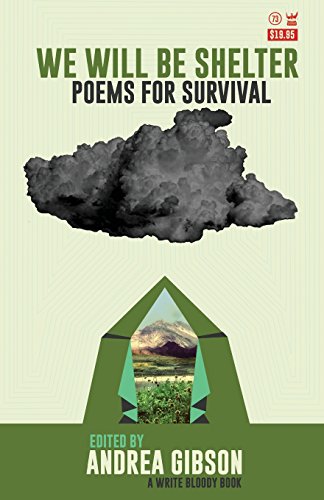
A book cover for We Will Be Shelter: Poems for Survival; Literature & Fiction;